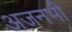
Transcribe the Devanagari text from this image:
अजनभी